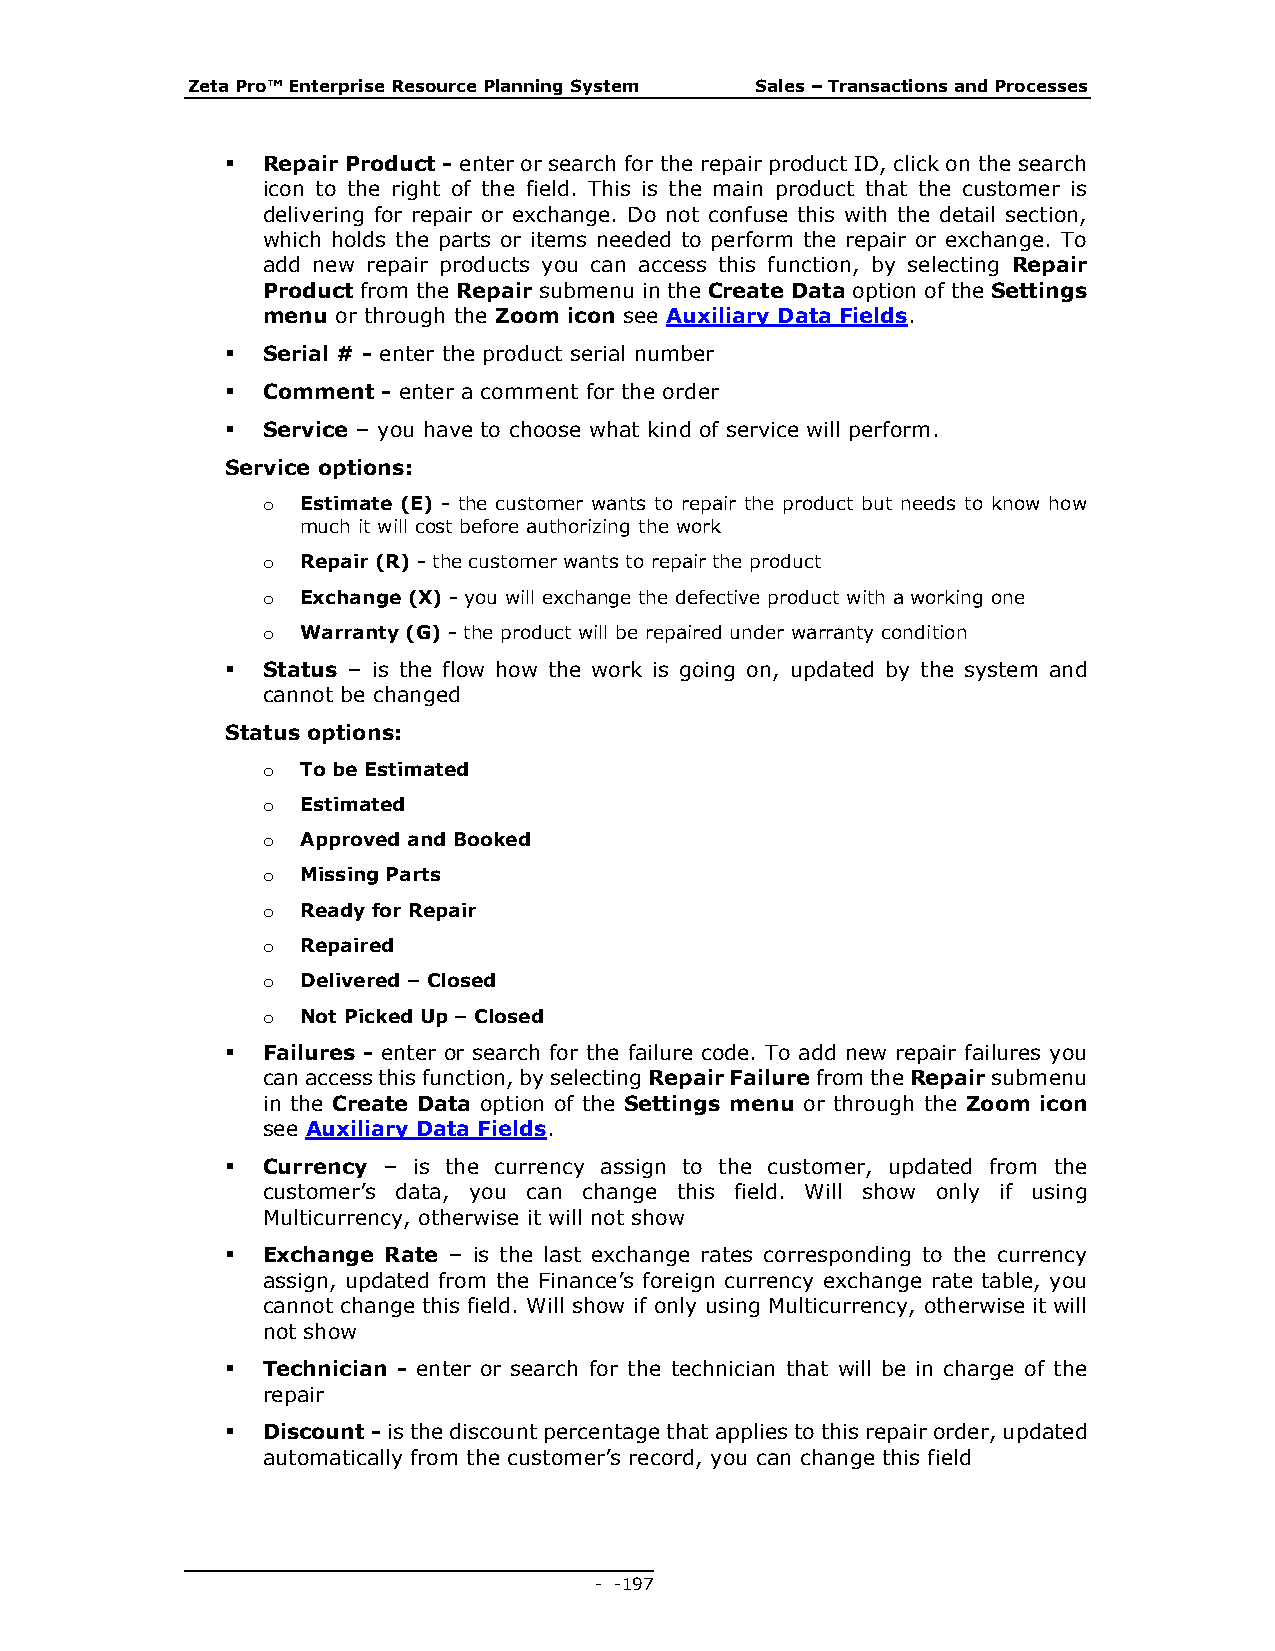
Zeta Pro™ Enterprise Resource Planning System Sales – Transactions and Processes
  Repair Product - enter or search for the repair product ID, click on the search
 icon to the right of the field. This is the main product that the customer is
 delivering for repair or exchange. Do not confuse this with the detail section,
 which holds the parts or items needed to perform the repair or exchange. To
 add new repair products you can access this function, by selecting Repair
 Product from the Repair submenu in the Create Data option of the Settings
 menu or through the Zoom icon see Auxiliary Data Fields.
  Serial # - enter the product serial number
  Comment - enter a comment for the order
  Service – you have to choose what kind of service will perform.
 Service options:
 o  Estimate (E) - the customer wants to repair the product but needs to know how
 much it will cost before authorizing the work
 o  Repair (R) - the customer wants to repair the product
 o  Exchange (X) - you will exchange the defective product with a working one
 o  Warranty (G) - the product will be repaired under warranty condition
  Status – is the flow how the work is going on, updated by the system and
 cannot be changed
 Status options:
 o  To be Estimated
 o  Estimated
 o  Approved and Booked
 o  Missing Parts
 o  Ready for Repair
 o  Repaired
 o  Delivered – Closed
 o  Not Picked Up – Closed
  Failures - enter or search for the failure code. To add new repair failures you
 can access this function, by selecting Repair Failure from the Repair submenu
 in the Create Data option of the Settings menu or through the Zoom icon
 see Auxiliary Data Fields.
  Currency – is the currency assign to the customer, updated from the
 customer’s data, you can change this field. Will show only if using
 Multicurrency, otherwise it will not show
  Exchange Rate – is the last exchange rates corresponding to the currency
 assign, updated from the Finance’s foreign currency exchange rate table, you
 cannot change this field. Will show if only using Multicurrency, otherwise it will
 not show
  Technician - enter or search for the technician that will be in charge of the
 repair
  Discount - is the discount percentage that applies to this repair order, updated
 automatically from the customer’s record, you can change this field
 - - 197